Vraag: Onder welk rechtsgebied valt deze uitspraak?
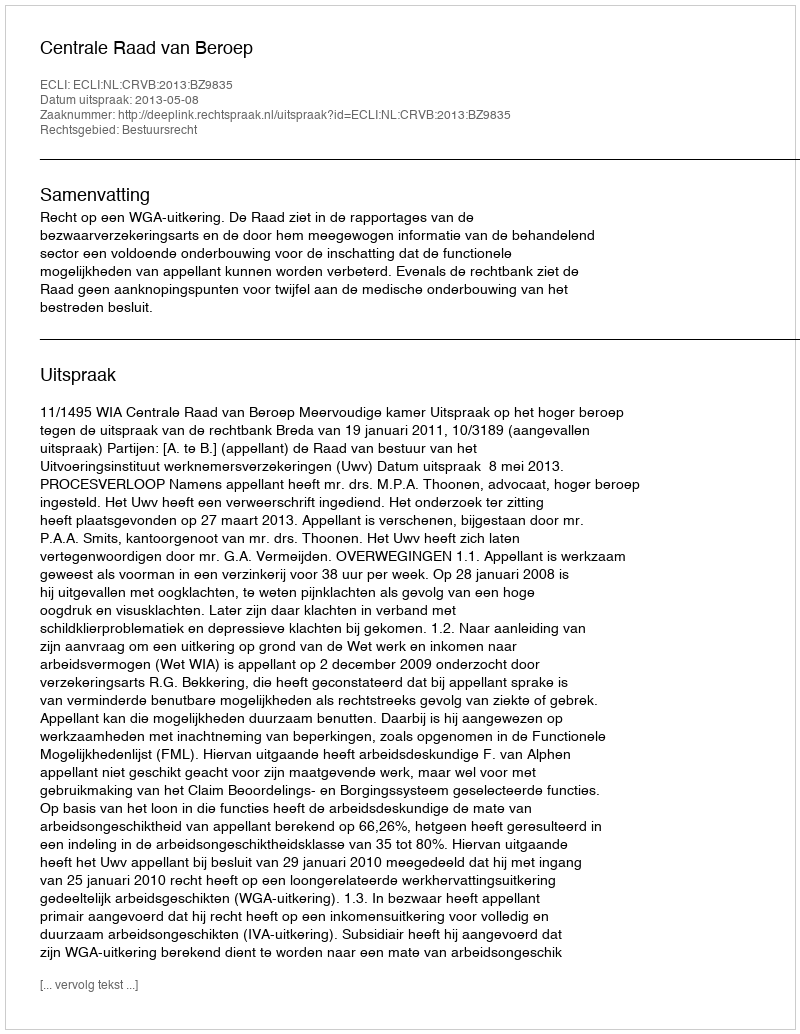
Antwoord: Bestuursrecht